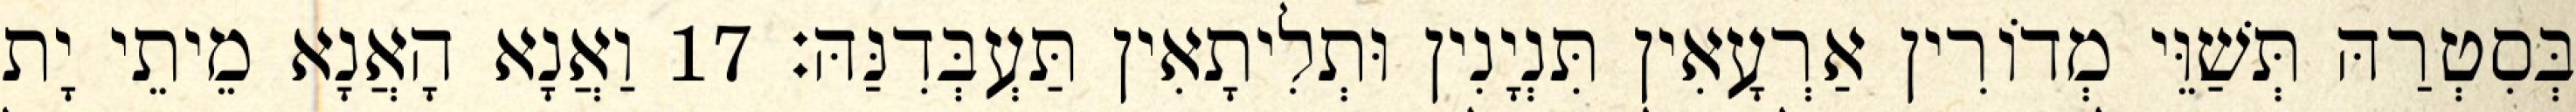
בְּסִטְרַהּ תְּשַׁוֵּי מְדוֹרִין אַרְעָאִין תִּנְיָנִין וּתְלִיתָאִין תַּעְבְּדִנַּהּ׃ 17 וַאֲנָא הָאֲנָא מֵיתֵי יָת